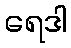
ရေဒါ